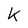
Character: k